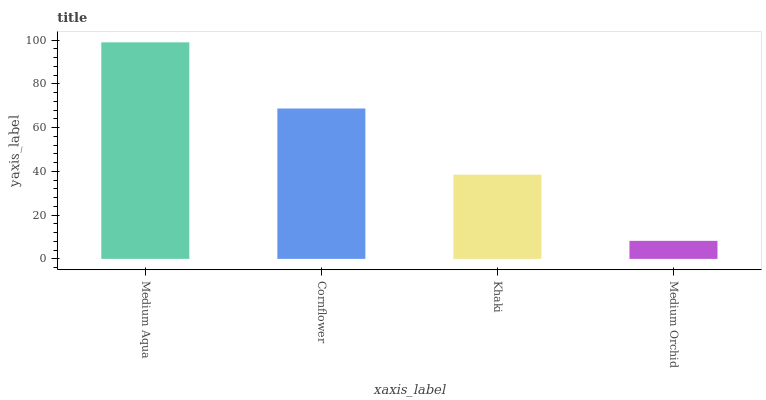
| xaxis_label | bars |
 | --- | --- |
 | Medium Aqua | 99 |
 | Cornflower | 68.7 |
 | Khaki | 38.5 |
 | Medium Orchid | 8.25 |